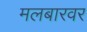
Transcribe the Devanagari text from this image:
मलबारवर